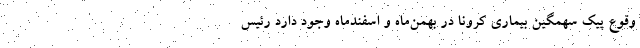
وقوع پیک سهمگین بیماری کرونا در بهمن‌ماه و اسفندماه وجود دارد رئیس